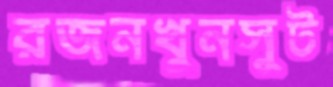
রজনখুনসুট